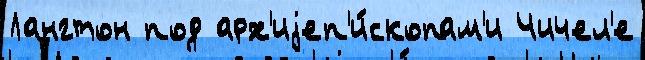
Лангтон под арх'иjеп'и́скопам'и Чичел'е